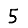
Digit: 5